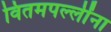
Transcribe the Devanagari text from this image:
वितमपल्लींना